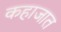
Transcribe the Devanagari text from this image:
कहाजात